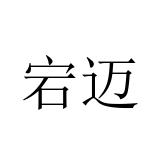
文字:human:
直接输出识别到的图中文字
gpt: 宕迈